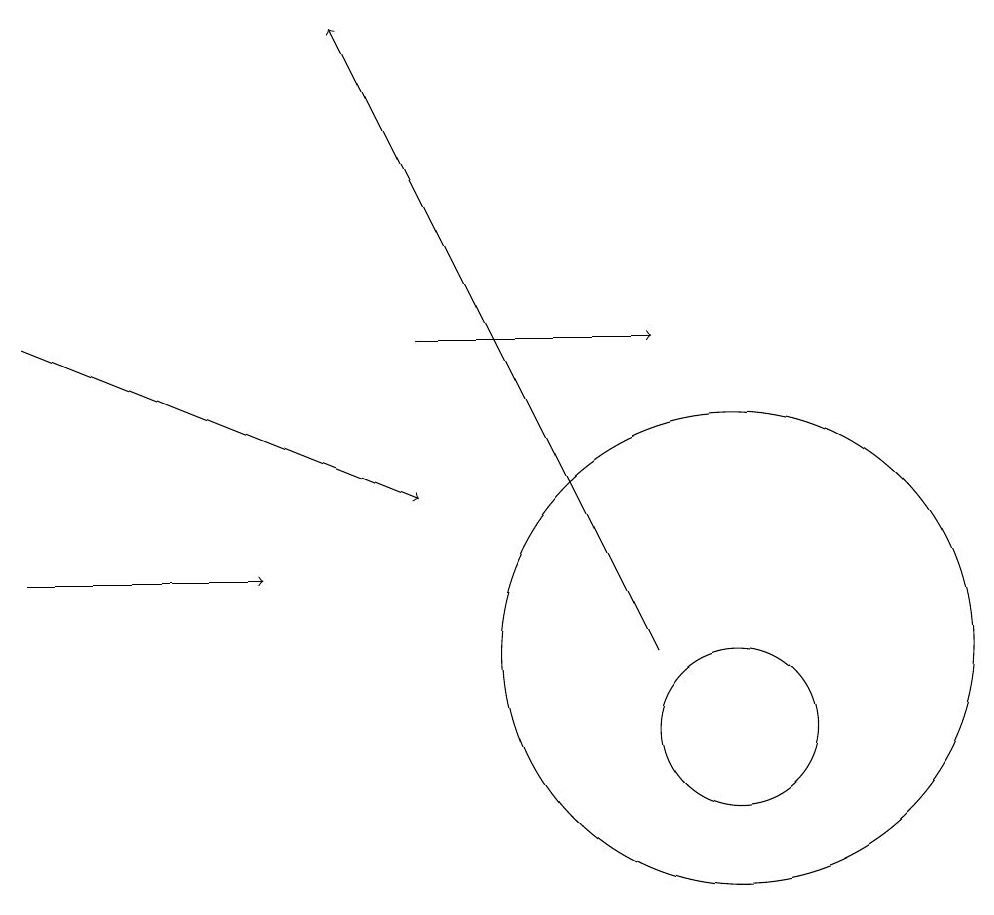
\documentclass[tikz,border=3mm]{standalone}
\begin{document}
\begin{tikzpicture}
\draw (10,11) circle (3);
\draw[->] (1,15) -- (6,13);
\draw (10,10) circle (1);
\draw[->] (6,15) -- (9,15);
\draw[->] (9,11) -- (5,19);
\draw[->] (1,12) -- (4,12);
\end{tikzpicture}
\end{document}